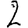
Digit: 2